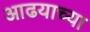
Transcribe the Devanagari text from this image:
आढयाच्या